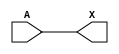
/*
 * Copyright 2020 The SkyWater PDK Authors
 *
 * Licensed under the Apache License, Version 2.0 (the "License");
 * you may not use this file except in compliance with the License.
 * You may obtain a copy of the License at
 *
 *     https://www.apache.org/licenses/LICENSE-2.0
 *
 * Unless required by applicable law or agreed to in writing, software
 * distributed under the License is distributed on an "AS IS" BASIS,
 * WITHOUT WARRANTIES OR CONDITIONS OF ANY KIND, either express or implied.
 * See the License for the specific language governing permissions and
 * limitations under the License.
 *
 * SPDX-License-Identifier: Apache-2.0
*/


`ifndef SKY130_FD_SC_LS__CLKBUF_FUNCTIONAL_V
`define SKY130_FD_SC_LS__CLKBUF_FUNCTIONAL_V

/**
 * clkbuf: Clock tree buffer.
 *
 * Verilog simulation functional model.
 */

`timescale 1ns / 1ps
`default_nettype none

`celldefine
module sky130_fd_sc_ls__clkbuf (
    X,
    A
);

    // Module ports
    output X;
    input  A;

    // Local signals
    wire buf0_out_X;

    //  Name  Output      Other arguments
    buf buf0 (buf0_out_X, A              );
    buf buf1 (X         , buf0_out_X     );

endmodule
`endcelldefine

`default_nettype wire
`endif  // SKY130_FD_SC_LS__CLKBUF_FUNCTIONAL_V